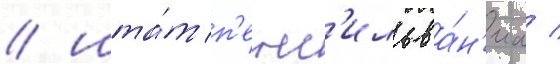
/ шта́т п'енс'ильва́н'иа /